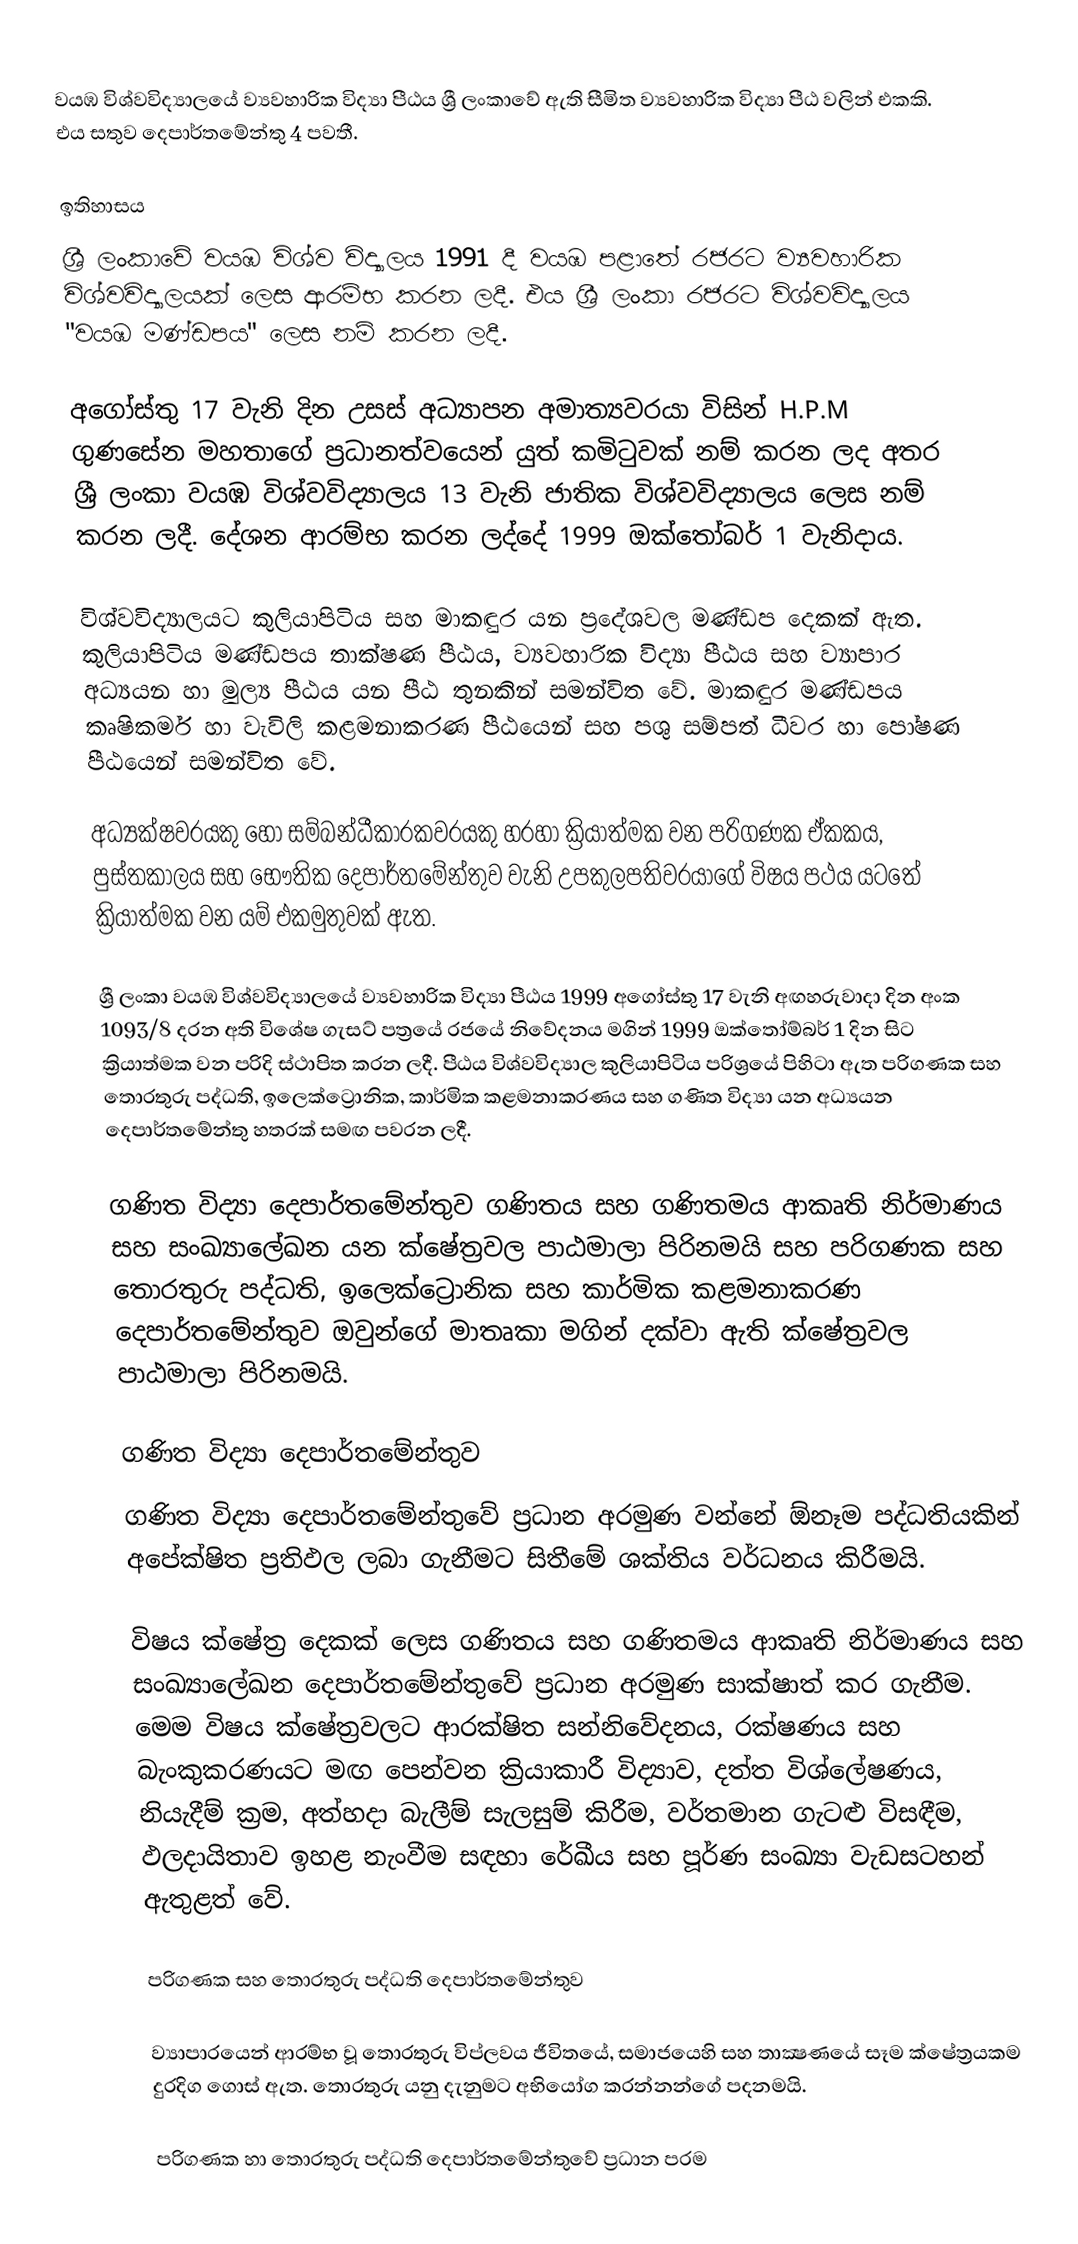
වයඹ විශ්වවිද්‍යාලයේ ව්‍යවහාරික විද්‍යා පීඨය ශ්‍රී ලංකාවේ ඇති සීමිත ව්‍යවහාරික විද්‍යා පීඨ වලින් එකකි. එය සතුව දෙපාර්තමේන්තු 4 පවතී.

ඉතිහාසය
ශ්‍රී ලංකාවේ වයඹ විශ්ව විද්‍යාලය 1991 දී වයඹ පළාතේ  රජරට ව්‍යවහාරික  විශ්වවිද්‍යාලයක් ලෙස ආරම්භ කරන ලදී.  එය ශ්‍රී ලංකා රජරට විශ්වවිද්‍යාලය "වයඹ මණ්ඩපය" ලෙස නම් කරන ලදී.

අගෝස්තු 17 වැනි දින උසස් අධ්‍යාපන අමාත්‍යවරයා විසින් H.P.M ගුණසේන මහතාගේ ප්‍රධානත්වයෙන් යුත් කමිටුවක් නම් කරන ලද අතර ශ්‍රී ලංකා වයඹ විශ්වවිද්‍යාලය 13 වැනි ජාතික විශ්වවිද්‍යාලය ලෙස නම් කරන ලදී.  දේශන ආරම්භ කරන ලද්දේ 1999 ඔක්තෝබර් 1 වැනිදාය.

විශ්වවිද්‍යාලයට කුලියාපිටිය සහ මාකඳුර යන ප්‍රදේශවල මණ්ඩප දෙකක් ඇත.  කුලියාපිටිය මණ්ඩපය තාක්ෂණ පීඨය, ව්‍යවහාරික විද්‍යා පීඨය සහ ව්‍යාපාර අධ්‍යයන හා මුල්‍ය පීඨය යන පීඨ තුනකින් සමන්විත වේ.  මාකඳුර මණ්ඩපය කෘෂිකර්ම හා වැවිලි කළමනාකරණ පීඨයෙන් සහ පශු සම්පත් ධීවර හා පෝෂණ පීඨයෙන් සමන්විත වේ.

අධ්‍යක්ෂවරයකු හෝ සම්බන්ධීකාරකවරයකු හරහා ක්‍රියාත්මක වන පරිගණක ඒකකය, පුස්තකාලය සහ භෞතික දෙපාර්තමේන්තුව වැනි උපකුලපතිවරයාගේ විෂය පථය යටතේ ක්‍රියාත්මක වන යම් එකමුතුවක් ඇත.

ශ්‍රී ලංකා වයඹ විශ්වවිද්‍යාලයේ ව්‍යවහාරික විද්‍යා පීඨය 1999 අගෝස්තු 17 වැනි අඟහරුවාදා දින අංක 1093/8 දරන අති විශේෂ ගැසට් පත්‍රයේ රජයේ නිවේදනය මගින් 1999 ඔක්තෝම්බර් 1 දින සිට ක්‍රියාත්මක වන පරිදි ස්ථාපිත කරන ලදී. පීඨය විශ්වවිද්‍යාල කුලියාපිටිය පරිශ්‍රයේ පිහිටා ඇත  පරිගණක සහ තොරතුරු පද්ධති, ඉලෙක්ට්‍රොනික, කාර්මික කළමනාකරණය සහ ගණිත විද්‍යා යන අධ්‍යයන දෙපාර්තමේන්තු හතරක් සමඟ පවරන ලදී.

ගණිත විද්‍යා දෙපාර්තමේන්තුව ගණිතය සහ ගණිතමය ආකෘති නිර්මාණය සහ සංඛ්‍යාලේඛන යන ක්ෂේත්‍රවල පාඨමාලා පිරිනමයි සහ පරිගණක සහ තොරතුරු පද්ධති, ඉලෙක්ට්‍රොනික සහ කාර්මික කළමනාකරණ දෙපාර්තමේන්තුව ඔවුන්ගේ මාතෘකා මගින් දක්වා ඇති ක්ෂේත්‍රවල පාඨමාලා පිරිනමයි.

ගණිත විද්‍යා දෙපාර්තමේන්තුව
ගණිත විද්‍යා දෙපාර්තමේන්තුවේ ප්‍රධාන අරමුණ වන්නේ ඕනෑම පද්ධතියකින් අපේක්ෂිත ප්‍රතිඵල ලබා ගැනීමට සිතීමේ ශක්තිය වර්ධනය කිරීමයි.

විෂය ක්ෂේත්‍ර දෙකක් ලෙස ගණිතය සහ ගණිතමය ආකෘති නිර්මාණය සහ සංඛ්‍යාලේඛන දෙපාර්තමේන්තුවේ ප්‍රධාන අරමුණ සාක්ෂාත් කර ගැනීම.  මෙම විෂය ක්ෂේත්‍රවලට ආරක්ෂිත සන්නිවේදනය, රක්ෂණය සහ බැංකුකරණයට මඟ පෙන්වන ක්‍රියාකාරී විද්‍යාව, දත්ත විශ්ලේෂණය, නියැදීම් ක්‍රම, අත්හදා බැලීම් සැලසුම් කිරීම, වර්තමාන ගැටළු විසඳීම, ඵලදායිතාව ඉහළ නැංවීම සඳහා රේඛීය සහ පූර්ණ සංඛ්‍යා වැඩසටහන් ඇතුළත් වේ.

පරිගණක සහ තොරතුරු පද්ධති දෙපාර්තමේන්තුව

ව්‍යාපාරයෙන් ආරම්භ වූ තොරතුරු විප්ලවය ජීවිතයේ, සමාජයෙහි සහ තාක්‍ෂණයේ සෑම ක්ෂේත්‍රයකම දුරදිග ගොස් ඇත.  තොරතුරු යනු දැනුමට අභියෝග කරන්නන්ගේ පදනමයි.

පරිගණක හා තොරතුරු පද්ධති දෙපාර්තමේන්තුවේ ප්‍රධාන පරම